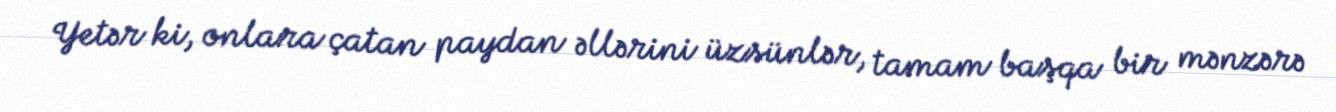
Yetər ki, onlara çatan paydan əllərini üzsünlər, tamam başqa bir mənzərə